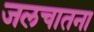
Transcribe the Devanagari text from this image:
जलचातना